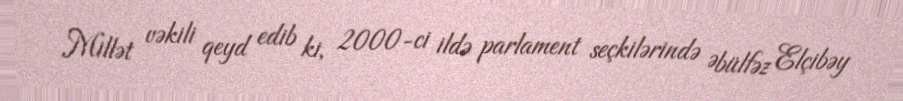
Millət vəkili qeyd edib ki, 2000-ci ildə parlament seçkilərində Əbülfəz Elçibəy